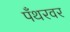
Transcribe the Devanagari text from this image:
पँथरवर